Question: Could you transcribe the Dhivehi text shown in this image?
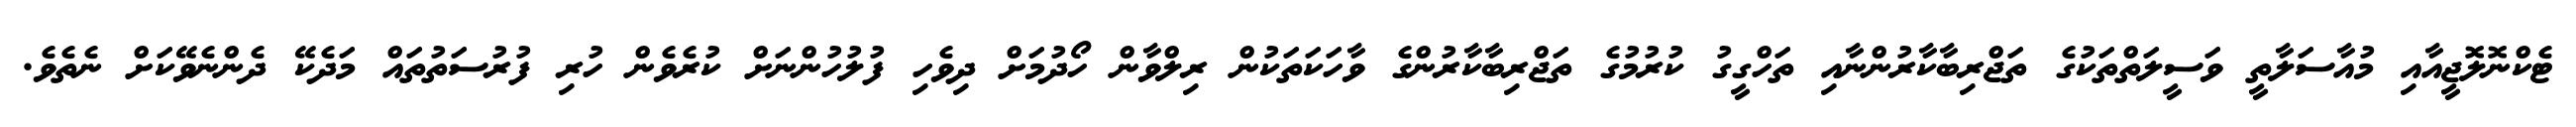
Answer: ޓެކްނޮލޮޖީއާއި މުއާސަލާތީ ވަސީލަތްތަކުގެ ތަޖްރިބާކާރުންނާއި ތަހްގީގު ކުރުމުގެ ތަޖްރިބާކާރުންގެ ވާހަކަތަކުން ރިލްވާން ހޯދުމަށް ދިވެހި ފުލުހުންނަށް ކުރެވެން ހުރި ފުރުސަތުތައް މަދެކޭ ދެންނެވޭކަށް ނެތެވެ.